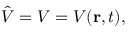
{ \hat { V } } = V = V ( \mathbf { r } , t ) ,